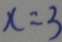
x = 3